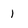
Character: 1